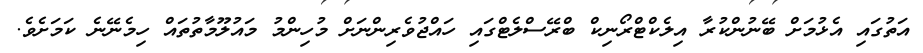
އަތުގައި އެޅުމަށް ބޭނުންކުރާ އިލެކްޓްރޯނިކް ބްރޭސްލެޓްގައި ހައްޖުވެރިންނަށް މުހިންމު މައުލޫމާތުތައް ހިމެނޭނެ ކަމަށެވެ.